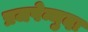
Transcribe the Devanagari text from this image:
प्रजपेन्मुदा